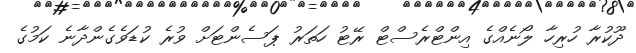
ދޫކުރާ ހުރިހާ ލޯނެއްގެ އިންޓްރެސްޓް ރޭޓު ހަތަރު ޕަސެންޓަށް ވުރެ ކުޑަވެގެންދާނެ ކަމުގެ